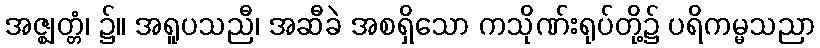
အဇ္ဈတ္တံ၊ ၌။ အရူပသညီ၊ အဆီခဲ အစရှိသော ကသိုဏ်းရုပ်တို့၌ ပရိကမ္မသညာ